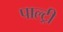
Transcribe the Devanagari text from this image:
पाल्ट्री